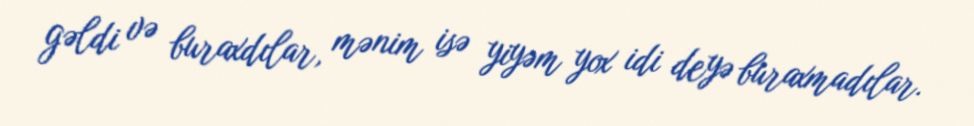
gəldi və buraxdılar, mənim isə yiyəm yox idi deyə buraxmadılar.